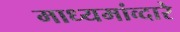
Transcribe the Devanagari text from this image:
माध्यमांव्दारे